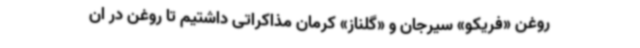
روغن «فریکو» سیرجان و «گلناز» کرمان مذاکراتی داشتیم تا روغن در ان